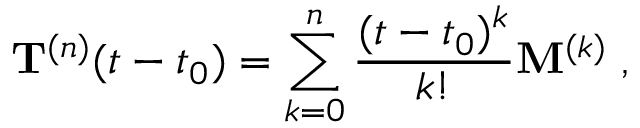
{ \bf T } ^ { ( n ) } ( t - t _ { 0 } ) = \sum _ { k = 0 } ^ { n } \frac { ( t - t _ { 0 } ) ^ { k } } { k ! } { \bf M } ^ { ( k ) } \; ,